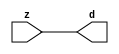

//------> /package/eda/mg/Catapult_10.3d/Mgc_home/pkgs/siflibs/mgc_in_wire_v2.v 
//------------------------------------------------------------------------------
// Catapult Synthesis - Sample I/O Port Library
//
// Copyright (c) 2003-2017 Mentor Graphics Corp.
//       All Rights Reserved
//
// This document may be used and distributed without restriction provided that
// this copyright statement is not removed from the file and that any derivative
// work contains this copyright notice.
//
// The design information contained in this file is intended to be an example
// of the functionality which the end user may study in preparation for creating
// their own custom interfaces. This design does not necessarily present a 
// complete implementation of the named protocol or standard.
//
//------------------------------------------------------------------------------


module mgc_in_wire_v2 (d, z);

  parameter integer rscid = 1;
  parameter integer width = 8;

  output [width-1:0] d;
  input  [width-1:0] z;

  wire   [width-1:0] d;

  assign d = z;

endmodule


//------> /package/eda/mg/Catapult_10.3d/Mgc_home/pkgs/siflibs/ccs_in_v1.v 
//------------------------------------------------------------------------------
// Catapult Synthesis - Sample I/O Port Library
//
// Copyright (c) 2003-2017 Mentor Graphics Corp.
//       All Rights Reserved
//
// This document may be used and distributed without restriction provided that
// this copyright statement is not removed from the file and that any derivative
// work contains this copyright notice.
//
// The design information contained in this file is intended to be an example
// of the functionality which the end user may study in preparation for creating
// their own custom interfaces. This design does not necessarily present a 
// complete implementation of the named protocol or standard.
//
//------------------------------------------------------------------------------


module ccs_in_v1 (idat, dat);

  parameter integer rscid = 1;
  parameter integer width = 8;

  output [width-1:0] idat;
  input  [width-1:0] dat;

  wire   [width-1:0] idat;

  assign idat = dat;

endmodule


//------> /package/eda/mg/Catapult_10.3d/Mgc_home/pkgs/siflibs/ccs_out_v1.v 
//------------------------------------------------------------------------------
// Catapult Synthesis - Sample I/O Port Library
//
// Copyright (c) 2003-2015 Mentor Graphics Corp.
//       All Rights Reserved
//
// This document may be used and distributed without restriction provided that
// this copyright statement is not removed from the file and that any derivative
// work contains this copyright notice.
//
// The design information contained in this file is intended to be an example
// of the functionality which the end user may study in preparation for creating
// their own custom interfaces. This design does not necessarily present a 
// complete implementation of the named protocol or standard.
//
//------------------------------------------------------------------------------

module ccs_out_v1 (dat, idat);

  parameter integer rscid = 1;
  parameter integer width = 8;

  output   [width-1:0] dat;
  input    [width-1:0] idat;

  wire     [width-1:0] dat;

  assign dat = idat;

endmodule




//------> /package/eda/mg/Catapult_10.3d/Mgc_home/pkgs/siflibs/mgc_io_sync_v2.v 
//------------------------------------------------------------------------------
// Catapult Synthesis - Sample I/O Port Library
//
// Copyright (c) 2003-2017 Mentor Graphics Corp.
//       All Rights Reserved
//
// This document may be used and distributed without restriction provided that
// this copyright statement is not removed from the file and that any derivative
// work contains this copyright notice.
//
// The design information contained in this file is intended to be an example
// of the functionality which the end user may study in preparation for creating
// their own custom interfaces. This design does not necessarily present a 
// complete implementation of the named protocol or standard.
//
//------------------------------------------------------------------------------


module mgc_io_sync_v2 (ld, lz);
    parameter valid = 0;

    input  ld;
    output lz;

    wire   lz;

    assign lz = ld;

endmodule


//------> /package/eda/mg/Catapult_10.3d/Mgc_home/pkgs/ccs_altera/hdl/M10K_DP.v 
// Memory Type:            M10K
// Operating Mode:         Simple Dual Port (2-PORT)
// Clock Mode:             Single Clock

// RTL Code RW Resolution: write-thru 
// Hardware RW Resolution: dont care 
// Catapult RW Resolution: unknown 

// HDL Work Library:       Altera_RAMS_lib
// Component Name:         M10K_DP

module M10K_DP
#(
  parameter data_width = 8,
  parameter addr_width = 7,
  parameter depth = 128 
)(
  clk, adra, adrb, wea, web, da, db, rea, reb, qa, qb
);

  input clk;                     // Rising edge clock
  input [addr_width-1:0] adra;   // Port A - Address
  input [addr_width-1:0] adrb;   // Port B - Address
  input wea;                     // Port A - Write-enable active high
  input web;                     // Port B - Write-enable active high
  input [data_width-1:0] da;     // Port A - Data In
  input [data_width-1:0] db;     // Port B - Data In
  input rea;                     // Port A - Read-enable active high
  input reb;                     // Port B - Read-enable active high
  output[data_width-1:0] qa;     // Port A - Data Out
  output[data_width-1:0] qb;     // Port B - Data Out

  reg [data_width-1:0] qa;
  reg [data_width-1:0] qb;

  (* ramstyle = "no_rw_check, M10K" *)
  reg [data_width-1:0] mem [depth-1:0]; /* synthesis syn_ramstyle = "no_rw_check, M10K" */

  always @(posedge clk) begin
    if (wea) begin
      mem[adra] <= da;
    end
    if (rea) begin
      qa <= mem[adra];
    end
  end

  always @(posedge clk) begin
    if (web) begin
      mem[adrb] <= db;
    end
    if (reb) begin
      qb <= mem[adrb] ;
    end
  end

endmodule


//------> ./rtl.v 
// ----------------------------------------------------------------------
//  HLS HDL:        Verilog Netlister
//  HLS Version:    10.3d/815731 Production Release
//  HLS Date:       Wed Apr 24 14:54:19 PDT 2019
// 
//  Generated by:   695r48@ecegrid-thin4.ecn.purdue.edu
//  Generated date: Wed Nov 10 15:46:07 2021
// ----------------------------------------------------------------------

// 
// ------------------------------------------------------------------
//  Design Unit:    fir_Altera_M10K_M10K_DP_rwport_4_16_5_32_32_16_gen
// ------------------------------------------------------------------


module fir_Altera_M10K_M10K_DP_rwport_4_16_5_32_32_16_gen (
  qb, reb, db, web, adrb, qa, rea, da, wea, adra, adra_d, wea_d, da_d, rea_d, qa_d,
      rwportA_rw_ram_ir_internal_RMASK_B_d, rwportA_rw_ram_ir_internal_WMASK_B_d
);
  input [15:0] qb;
  output reb;
  output [15:0] db;
  output web;
  output [4:0] adrb;
  input [15:0] qa;
  output rea;
  output [15:0] da;
  output wea;
  output [4:0] adra;
  input [9:0] adra_d;
  input [1:0] wea_d;
  input [31:0] da_d;
  input [1:0] rea_d;
  output [31:0] qa_d;
  input [1:0] rwportA_rw_ram_ir_internal_RMASK_B_d;
  input [1:0] rwportA_rw_ram_ir_internal_WMASK_B_d;



  // Interconnect Declarations for Component Instantiations 
  assign qa_d[31:16] = qb;
  assign reb = (rwportA_rw_ram_ir_internal_RMASK_B_d[1]);
  assign db = (da_d[31:16]);
  assign web = (rwportA_rw_ram_ir_internal_WMASK_B_d[1]);
  assign adrb = (adra_d[9:5]);
  assign qa_d[15:0] = qa;
  assign rea = (rwportA_rw_ram_ir_internal_RMASK_B_d[0]);
  assign da = (da_d[15:0]);
  assign wea = (rwportA_rw_ram_ir_internal_WMASK_B_d[0]);
  assign adra = (adra_d[4:0]);
endmodule

// ------------------------------------------------------------------
//  Design Unit:    fir_core_core_fsm
//  FSM Module
// ------------------------------------------------------------------


module fir_core_core_fsm (
  clk, rst, fsm_output, regs_vinit_C_1_tr0, MAC_C_3_tr0
);
  input clk;
  input rst;
  output [9:0] fsm_output;
  reg [9:0] fsm_output;
  input regs_vinit_C_1_tr0;
  input MAC_C_3_tr0;


  // FSM State Type Declaration for fir_core_core_fsm_1
  parameter
    core_rlp_C_0 = 4'd0,
    regs_vinit_C_0 = 4'd1,
    regs_vinit_C_1 = 4'd2,
    main_C_0 = 4'd3,
    main_C_1 = 4'd4,
    MAC_C_0 = 4'd5,
    MAC_C_1 = 4'd6,
    MAC_C_2 = 4'd7,
    MAC_C_3 = 4'd8,
    main_C_2 = 4'd9;

  reg [3:0] state_var;
  reg [3:0] state_var_NS;


  // Interconnect Declarations for Component Instantiations 
  always @(*)
  begin : fir_core_core_fsm_1
    case (state_var)
      regs_vinit_C_0 : begin
        fsm_output = 10'b0000000010;
        state_var_NS = regs_vinit_C_1;
      end
      regs_vinit_C_1 : begin
        fsm_output = 10'b0000000100;
        if ( regs_vinit_C_1_tr0 ) begin
          state_var_NS = regs_vinit_C_0;
        end
        else begin
          state_var_NS = main_C_0;
        end
      end
      main_C_0 : begin
        fsm_output = 10'b0000001000;
        state_var_NS = main_C_1;
      end
      main_C_1 : begin
        fsm_output = 10'b0000010000;
        state_var_NS = MAC_C_0;
      end
      MAC_C_0 : begin
        fsm_output = 10'b0000100000;
        state_var_NS = MAC_C_1;
      end
      MAC_C_1 : begin
        fsm_output = 10'b0001000000;
        state_var_NS = MAC_C_2;
      end
      MAC_C_2 : begin
        fsm_output = 10'b0010000000;
        state_var_NS = MAC_C_3;
      end
      MAC_C_3 : begin
        fsm_output = 10'b0100000000;
        if ( MAC_C_3_tr0 ) begin
          state_var_NS = main_C_2;
        end
        else begin
          state_var_NS = MAC_C_0;
        end
      end
      main_C_2 : begin
        fsm_output = 10'b1000000000;
        state_var_NS = main_C_0;
      end
      // core_rlp_C_0
      default : begin
        fsm_output = 10'b0000000001;
        state_var_NS = regs_vinit_C_0;
      end
    endcase
  end

  always @(posedge clk) begin
    if ( rst ) begin
      state_var <= core_rlp_C_0;
    end
    else begin
      state_var <= state_var_NS;
    end
  end

endmodule

// ------------------------------------------------------------------
//  Design Unit:    fir_core
// ------------------------------------------------------------------


module fir_core (
  clk, rst, coeffs_rsc_z, coeffs_rsc_triosy_lz, in1_rsc_dat, in1_rsc_triosy_lz, out1_rsc_dat,
      out1_rsc_triosy_lz, regs_rsci_adra_d, regs_rsci_wea_d, regs_rsci_da_d, regs_rsci_rea_d,
      regs_rsci_qa_d, regs_rsci_rwportA_rw_ram_ir_internal_RMASK_B_d, regs_rsci_rwportA_rw_ram_ir_internal_WMASK_B_d
);
  input clk;
  input rst;
  input [511:0] coeffs_rsc_z;
  output coeffs_rsc_triosy_lz;
  input [15:0] in1_rsc_dat;
  output in1_rsc_triosy_lz;
  output [15:0] out1_rsc_dat;
  output out1_rsc_triosy_lz;
  output [9:0] regs_rsci_adra_d;
  output [1:0] regs_rsci_wea_d;
  output [15:0] regs_rsci_da_d;
  output [1:0] regs_rsci_rea_d;
  input [31:0] regs_rsci_qa_d;
  output [1:0] regs_rsci_rwportA_rw_ram_ir_internal_RMASK_B_d;
  output [1:0] regs_rsci_rwportA_rw_ram_ir_internal_WMASK_B_d;


  // Interconnect Declarations
  wire [511:0] coeffs_rsci_d;
  wire [15:0] in1_rsci_idat;
  reg [15:0] out1_rsci_idat;
  wire [9:0] fsm_output;
  wire [5:0] MAC_2_acc_2_tmp;
  wire [6:0] nl_MAC_2_acc_2_tmp;
  wire or_dcpl_11;
  reg [4:0] wptr_4_0_1_sva;
  reg MAC_MAC_nor_4_itm;
  wire [4:0] wptr_4_0_lpi_2_dfm_1;
  reg regs_regs_nor_itm;
  wire [4:0] wptr_4_0_2_lpi_2_dfm_1;
  reg [4:0] regs_acc_itm;
  reg reg_MAC_i_5_0_ftd;
  reg reg_out1_rsc_triosy_obj_ld_cse;
  wire reg_out1_out1_and_cse;
  wire regs_and_cse;
  wire or_15_cse;
  wire regs_regs_or_rmff;
  reg [4:0] wptr_4_0_lpi_2_dfm;
  wire or_46_tmp;
  wire [4:0] z_out;
  wire [5:0] nl_z_out;
  wire [4:0] z_out_1;
  wire [5:0] nl_z_out_1;
  wire [29:0] z_out_2;
  wire signed [31:0] nl_z_out_2;
  reg [29:0] acc_32_3_1_sva;
  reg [15:0] MAC_mux_itm;
  reg [29:0] MAC_2_mul_itm;
  reg [15:0] MAC_slc_regs_rsci_qa_d_15_0_1_itm;
  reg [15:0] MAC_mux_4_itm;
  reg [4:0] MAC_3_acc_2_itm;
  wire [4:0] MAC_1_acc_2_psp_sva_1;
  wire [5:0] nl_MAC_1_acc_2_psp_sva_1;
  wire [29:0] acc_32_3_sva_1;
  wire [30:0] nl_acc_32_3_sva_1;
  wire or_53_tmp;

  wire[4:0] mux_nl;
  wire[0:0] and_85_nl;
  wire[0:0] not_37_nl;
  wire[4:0] MAC_3_else_acc_nl;
  wire[5:0] nl_MAC_3_else_acc_nl;
  wire[0:0] and_104_nl;
  wire[29:0] MAC_3_acc_1_nl;
  wire[30:0] nl_MAC_3_acc_1_nl;
  wire[0:0] or_nl;
  wire[15:0] MAC_mux_4_nl;
  wire[15:0] MAC_mux_3_nl;
  wire[29:0] MAC_2_mul_nl;
  wire signed [31:0] nl_MAC_2_mul_nl;
  wire[29:0] MAC_acc_nl;
  wire[30:0] nl_MAC_acc_nl;
  wire[4:0] MAC_1_else_acc_nl;
  wire[5:0] nl_MAC_1_else_acc_nl;
  wire[0:0] MAC_MAC_nor_nl;
  wire[0:0] MAC_MAC_nor_3_nl;
  wire[4:0] regs_mux1h_1_nl;
  wire[4:0] else_mux_2_nl;
  wire[4:0] regs_mux_2_nl;
  wire[15:0] MAC_mux_8_nl;

  // Interconnect Declarations for Component Instantiations 
  wire [0:0] nl_fir_core_core_fsm_inst_regs_vinit_C_1_tr0;
  assign nl_fir_core_core_fsm_inst_regs_vinit_C_1_tr0 = ~ regs_regs_nor_itm;
  wire [0:0] nl_fir_core_core_fsm_inst_MAC_C_3_tr0;
  assign nl_fir_core_core_fsm_inst_MAC_C_3_tr0 = reg_MAC_i_5_0_ftd;
  mgc_in_wire_v2 #(.rscid(32'sd1),
  .width(32'sd512)) coeffs_rsci (
      .d(coeffs_rsci_d),
      .z(coeffs_rsc_z)
    );
  ccs_in_v1 #(.rscid(32'sd2),
  .width(32'sd16)) in1_rsci (
      .dat(in1_rsc_dat),
      .idat(in1_rsci_idat)
    );
  ccs_out_v1 #(.rscid(32'sd3),
  .width(32'sd16)) out1_rsci (
      .idat(out1_rsci_idat),
      .dat(out1_rsc_dat)
    );
  mgc_io_sync_v2 #(.valid(32'sd0)) coeffs_rsc_triosy_obj (
      .ld(reg_out1_rsc_triosy_obj_ld_cse),
      .lz(coeffs_rsc_triosy_lz)
    );
  mgc_io_sync_v2 #(.valid(32'sd0)) in1_rsc_triosy_obj (
      .ld(reg_out1_rsc_triosy_obj_ld_cse),
      .lz(in1_rsc_triosy_lz)
    );
  mgc_io_sync_v2 #(.valid(32'sd0)) out1_rsc_triosy_obj (
      .ld(reg_out1_rsc_triosy_obj_ld_cse),
      .lz(out1_rsc_triosy_lz)
    );
  fir_core_core_fsm fir_core_core_fsm_inst (
      .clk(clk),
      .rst(rst),
      .fsm_output(fsm_output),
      .regs_vinit_C_1_tr0(nl_fir_core_core_fsm_inst_regs_vinit_C_1_tr0[0:0]),
      .MAC_C_3_tr0(nl_fir_core_core_fsm_inst_MAC_C_3_tr0[0:0])
    );
  assign reg_out1_out1_and_cse = (fsm_output[8]) & reg_MAC_i_5_0_ftd;
  assign or_15_cse = (fsm_output[3]) | (fsm_output[1]);
  assign regs_and_cse = (fsm_output[2]) & regs_regs_nor_itm;
  assign or_46_tmp = regs_and_cse | ((regs_acc_itm==5'b11111) & (fsm_output[9]));
  assign nl_MAC_1_else_acc_nl = wptr_4_0_1_sva + 5'b11111;
  assign MAC_1_else_acc_nl = nl_MAC_1_else_acc_nl[4:0];
  assign MAC_MAC_nor_nl = ~((wptr_4_0_1_sva!=5'b00000));
  assign wptr_4_0_2_lpi_2_dfm_1 = MUX_v_5_2_2((MAC_1_else_acc_nl), 5'b11111, (MAC_MAC_nor_nl));
  assign nl_MAC_2_acc_2_tmp = conv_u2s_5_6(MAC_1_acc_2_psp_sva_1) + 6'b000001;
  assign MAC_2_acc_2_tmp = nl_MAC_2_acc_2_tmp[5:0];
  assign MAC_MAC_nor_3_nl = ~((wptr_4_0_2_lpi_2_dfm_1!=5'b00000));
  assign wptr_4_0_lpi_2_dfm_1 = MUX_v_5_2_2(z_out_1, 5'b11111, (MAC_MAC_nor_3_nl));
  assign nl_MAC_1_acc_2_psp_sva_1 = MAC_3_acc_2_itm + 5'b00001;
  assign MAC_1_acc_2_psp_sva_1 = nl_MAC_1_acc_2_psp_sva_1[4:0];
  assign nl_acc_32_3_sva_1 = MAC_2_mul_itm + acc_32_3_1_sva;
  assign acc_32_3_sva_1 = nl_acc_32_3_sva_1[29:0];
  assign or_dcpl_11 = (fsm_output[7:6]!=2'b00);
  assign regs_regs_or_rmff = (fsm_output[6:5]!=2'b00);
  assign regs_mux1h_1_nl = MUX1HOT_v_5_3_2(regs_acc_itm, wptr_4_0_2_lpi_2_dfm_1,
      wptr_4_0_lpi_2_dfm, {or_15_cse , (fsm_output[5]) , (fsm_output[6])});
  assign regs_rsci_adra_d = {wptr_4_0_1_sva , (regs_mux1h_1_nl)};
  assign regs_rsci_wea_d = {1'b0 , or_15_cse};
  assign regs_rsci_rea_d = {(fsm_output[5]) , regs_regs_or_rmff};
  assign regs_rsci_rwportA_rw_ram_ir_internal_RMASK_B_d = {(fsm_output[5]) , regs_regs_or_rmff};
  assign regs_rsci_rwportA_rw_ram_ir_internal_WMASK_B_d = {1'b0 , or_15_cse};
  assign regs_rsci_da_d = MUX_v_16_2_2(16'b0000000000000000, in1_rsci_idat, (fsm_output[3]));
  assign or_53_tmp = (fsm_output[8:7]!=2'b00) | ((~ MAC_MAC_nor_4_itm) & (fsm_output[6]));
  always @(posedge clk) begin
    if ( rst ) begin
      reg_out1_rsc_triosy_obj_ld_cse <= 1'b0;
      regs_regs_nor_itm <= 1'b0;
      wptr_4_0_1_sva <= 5'b00000;
      wptr_4_0_lpi_2_dfm <= 5'b00000;
      MAC_slc_regs_rsci_qa_d_15_0_1_itm <= 16'b0000000000000000;
      MAC_2_mul_itm <= 30'b000000000000000000000000000000;
    end
    else begin
      reg_out1_rsc_triosy_obj_ld_cse <= reg_out1_out1_and_cse;
      regs_regs_nor_itm <= ~((regs_acc_itm!=5'b00000));
      wptr_4_0_1_sva <= MUX1HOT_v_5_4_2(regs_acc_itm, (MAC_3_else_acc_nl), ({{4{MAC_MAC_nor_4_itm}},
          MAC_MAC_nor_4_itm}), wptr_4_0_1_sva, {(fsm_output[4]) , (fsm_output[5])
          , (and_104_nl) , or_53_tmp});
      wptr_4_0_lpi_2_dfm <= wptr_4_0_lpi_2_dfm_1;
      MAC_slc_regs_rsci_qa_d_15_0_1_itm <= MUX1HOT_v_16_3_2((MAC_mux_3_nl), (regs_rsci_qa_d[31:16]),
          (regs_rsci_qa_d[15:0]), {(fsm_output[5]) , (fsm_output[6]) , (fsm_output[7])});
      MAC_2_mul_itm <= MUX_v_30_2_2((MAC_2_mul_nl), (MAC_acc_nl), fsm_output[7]);
    end
  end
  always @(posedge clk) begin
    if ( rst ) begin
      out1_rsci_idat <= 16'b0000000000000000;
    end
    else if ( reg_out1_out1_and_cse ) begin
      out1_rsci_idat <= acc_32_3_sva_1[29:14];
    end
  end
  always @(posedge clk) begin
    if ( rst ) begin
      regs_acc_itm <= 5'b11111;
    end
    else if ( regs_and_cse | (fsm_output[1]) | (fsm_output[9]) ) begin
      regs_acc_itm <= MUX_v_5_2_2(5'b00000, (mux_nl), (not_37_nl));
    end
  end
  always @(posedge clk) begin
    if ( rst ) begin
      acc_32_3_1_sva <= 30'b000000000000000000000000000000;
    end
    else if ( (fsm_output[4]) | (fsm_output[8]) ) begin
      acc_32_3_1_sva <= MUX_v_30_2_2(30'b000000000000000000000000000000, (MAC_3_acc_1_nl),
          (fsm_output[8]));
    end
  end
  always @(posedge clk) begin
    if ( rst ) begin
      MAC_3_acc_2_itm <= 5'b00000;
    end
    else if ( ~((fsm_output[8:6]!=3'b000)) ) begin
      MAC_3_acc_2_itm <= MUX_v_5_2_2(5'b00000, z_out, (or_nl));
    end
  end
  always @(posedge clk) begin
    if ( rst ) begin
      MAC_mux_itm <= 16'b0000000000000000;
    end
    else if ( fsm_output[5] ) begin
      MAC_mux_itm <= MUX_v_16_31_2x1x2x4x5x7x8x10x11x13x14x16x17x19x20x22x23x25x26x28x29((coeffs_rsci_d[15:0]),
          (coeffs_rsci_d[63:48]), (coeffs_rsci_d[111:96]), (coeffs_rsci_d[159:144]),
          (coeffs_rsci_d[207:192]), (coeffs_rsci_d[255:240]), (coeffs_rsci_d[303:288]),
          (coeffs_rsci_d[351:336]), (coeffs_rsci_d[399:384]), (coeffs_rsci_d[447:432]),
          (coeffs_rsci_d[495:480]), MAC_3_acc_2_itm);
    end
  end
  always @(posedge clk) begin
    if ( rst ) begin
      MAC_mux_4_itm <= 16'b0000000000000000;
    end
    else if ( ~ or_dcpl_11 ) begin
      MAC_mux_4_itm <= (MAC_mux_4_nl);
    end
  end
  always @(posedge clk) begin
    if ( rst ) begin
      MAC_MAC_nor_4_itm <= 1'b0;
    end
    else if ( ~ (MAC_2_acc_2_tmp[5]) ) begin
      MAC_MAC_nor_4_itm <= ~((wptr_4_0_lpi_2_dfm_1!=5'b00000));
    end
  end
  always @(posedge clk) begin
    if ( rst ) begin
      reg_MAC_i_5_0_ftd <= 1'b0;
    end
    else if ( fsm_output[5] ) begin
      reg_MAC_i_5_0_ftd <= MAC_2_acc_2_tmp[5];
    end
  end
  assign nl_MAC_3_else_acc_nl = wptr_4_0_lpi_2_dfm_1 + 5'b11111;
  assign MAC_3_else_acc_nl = nl_MAC_3_else_acc_nl[4:0];
  assign and_104_nl = (fsm_output[6]) & (~ or_53_tmp);
  assign MAC_mux_3_nl = MUX_v_16_32_2x0x2x3x5x6x8x9x11x12x14x15x17x18x20x21x23x24x26x27x29x30((coeffs_rsci_d[31:16]),
      (coeffs_rsci_d[79:64]), (coeffs_rsci_d[127:112]), (coeffs_rsci_d[175:160]),
      (coeffs_rsci_d[223:208]), (coeffs_rsci_d[271:256]), (coeffs_rsci_d[319:304]),
      (coeffs_rsci_d[367:352]), (coeffs_rsci_d[415:400]), (coeffs_rsci_d[463:448]),
      (coeffs_rsci_d[511:496]), MAC_1_acc_2_psp_sva_1);
  assign nl_MAC_2_mul_nl = $signed((regs_rsci_qa_d[15:0])) * $signed(MAC_slc_regs_rsci_qa_d_15_0_1_itm);
  assign MAC_2_mul_nl = nl_MAC_2_mul_nl[29:0];
  assign nl_MAC_acc_nl = z_out_2 + MAC_2_mul_itm;
  assign MAC_acc_nl = nl_MAC_acc_nl[29:0];
  assign and_85_nl = (fsm_output[9]) & (~ or_46_tmp);
  assign mux_nl = MUX_v_5_2_2(z_out_1, z_out, and_85_nl);
  assign not_37_nl = ~ or_46_tmp;
  assign nl_MAC_3_acc_1_nl = acc_32_3_sva_1 + z_out_2;
  assign MAC_3_acc_1_nl = nl_MAC_3_acc_1_nl[29:0];
  assign or_nl = (fsm_output[8:5]!=4'b0000);
  assign MAC_mux_4_nl = MUX_v_16_30_2x0x1x3x4x6x7x9x10x12x13x15x16x18x19x21x22x24x25x27x28((coeffs_rsci_d[47:32]),
      (coeffs_rsci_d[95:80]), (coeffs_rsci_d[143:128]), (coeffs_rsci_d[191:176]),
      (coeffs_rsci_d[239:224]), (coeffs_rsci_d[287:272]), (coeffs_rsci_d[335:320]),
      (coeffs_rsci_d[383:368]), (coeffs_rsci_d[431:416]), (coeffs_rsci_d[479:464]),
      MAC_2_acc_2_tmp[4:0]);
  assign else_mux_2_nl = MUX_v_5_2_2(regs_acc_itm, (MAC_2_acc_2_tmp[4:0]), fsm_output[5]);
  assign nl_z_out = (else_mux_2_nl) + 5'b00001;
  assign z_out = nl_z_out[4:0];
  assign regs_mux_2_nl = MUX_v_5_2_2(regs_acc_itm, wptr_4_0_2_lpi_2_dfm_1, fsm_output[5]);
  assign nl_z_out_1 = (regs_mux_2_nl) + 5'b11111;
  assign z_out_1 = nl_z_out_1[4:0];
  assign MAC_mux_8_nl = MUX_v_16_2_2(MAC_mux_4_itm, MAC_mux_itm, fsm_output[7]);
  assign nl_z_out_2 = $signed(MAC_slc_regs_rsci_qa_d_15_0_1_itm) * $signed((MAC_mux_8_nl));
  assign z_out_2 = nl_z_out_2[29:0];

  function automatic [15:0] MUX1HOT_v_16_3_2;
    input [15:0] input_2;
    input [15:0] input_1;
    input [15:0] input_0;
    input [2:0] sel;
    reg [15:0] result;
  begin
    result = input_0 & {16{sel[0]}};
    result = result | ( input_1 & {16{sel[1]}});
    result = result | ( input_2 & {16{sel[2]}});
    MUX1HOT_v_16_3_2 = result;
  end
  endfunction


  function automatic [4:0] MUX1HOT_v_5_3_2;
    input [4:0] input_2;
    input [4:0] input_1;
    input [4:0] input_0;
    input [2:0] sel;
    reg [4:0] result;
  begin
    result = input_0 & {5{sel[0]}};
    result = result | ( input_1 & {5{sel[1]}});
    result = result | ( input_2 & {5{sel[2]}});
    MUX1HOT_v_5_3_2 = result;
  end
  endfunction


  function automatic [4:0] MUX1HOT_v_5_4_2;
    input [4:0] input_3;
    input [4:0] input_2;
    input [4:0] input_1;
    input [4:0] input_0;
    input [3:0] sel;
    reg [4:0] result;
  begin
    result = input_0 & {5{sel[0]}};
    result = result | ( input_1 & {5{sel[1]}});
    result = result | ( input_2 & {5{sel[2]}});
    result = result | ( input_3 & {5{sel[3]}});
    MUX1HOT_v_5_4_2 = result;
  end
  endfunction


  function automatic [15:0] MUX_v_16_2_2;
    input [15:0] input_0;
    input [15:0] input_1;
    input [0:0] sel;
    reg [15:0] result;
  begin
    case (sel)
      1'b0 : begin
        result = input_0;
      end
      default : begin
        result = input_1;
      end
    endcase
    MUX_v_16_2_2 = result;
  end
  endfunction


  function automatic [15:0] MUX_v_16_30_2x0x1x3x4x6x7x9x10x12x13x15x16x18x19x21x22x24x25x27x28;
    input [15:0] input_2;
    input [15:0] input_5;
    input [15:0] input_8;
    input [15:0] input_11;
    input [15:0] input_14;
    input [15:0] input_17;
    input [15:0] input_20;
    input [15:0] input_23;
    input [15:0] input_26;
    input [15:0] input_29;
    input [4:0] sel;
    reg [15:0] result;
  begin
    case (sel)
      5'b00010 : begin
        result = input_2;
      end
      5'b00101 : begin
        result = input_5;
      end
      5'b01000 : begin
        result = input_8;
      end
      5'b01011 : begin
        result = input_11;
      end
      5'b01110 : begin
        result = input_14;
      end
      5'b10001 : begin
        result = input_17;
      end
      5'b10100 : begin
        result = input_20;
      end
      5'b10111 : begin
        result = input_23;
      end
      5'b11010 : begin
        result = input_26;
      end
      default : begin
        result = input_29;
      end
    endcase
    MUX_v_16_30_2x0x1x3x4x6x7x9x10x12x13x15x16x18x19x21x22x24x25x27x28 = result;
  end
  endfunction


  function automatic [15:0] MUX_v_16_31_2x1x2x4x5x7x8x10x11x13x14x16x17x19x20x22x23x25x26x28x29;
    input [15:0] input_0;
    input [15:0] input_3;
    input [15:0] input_6;
    input [15:0] input_9;
    input [15:0] input_12;
    input [15:0] input_15;
    input [15:0] input_18;
    input [15:0] input_21;
    input [15:0] input_24;
    input [15:0] input_27;
    input [15:0] input_30;
    input [4:0] sel;
    reg [15:0] result;
  begin
    case (sel)
      5'b00000 : begin
        result = input_0;
      end
      5'b00011 : begin
        result = input_3;
      end
      5'b00110 : begin
        result = input_6;
      end
      5'b01001 : begin
        result = input_9;
      end
      5'b01100 : begin
        result = input_12;
      end
      5'b01111 : begin
        result = input_15;
      end
      5'b10010 : begin
        result = input_18;
      end
      5'b10101 : begin
        result = input_21;
      end
      5'b11000 : begin
        result = input_24;
      end
      5'b11011 : begin
        result = input_27;
      end
      default : begin
        result = input_30;
      end
    endcase
    MUX_v_16_31_2x1x2x4x5x7x8x10x11x13x14x16x17x19x20x22x23x25x26x28x29 = result;
  end
  endfunction


  function automatic [15:0] MUX_v_16_32_2x0x2x3x5x6x8x9x11x12x14x15x17x18x20x21x23x24x26x27x29x30;
    input [15:0] input_1;
    input [15:0] input_4;
    input [15:0] input_7;
    input [15:0] input_10;
    input [15:0] input_13;
    input [15:0] input_16;
    input [15:0] input_19;
    input [15:0] input_22;
    input [15:0] input_25;
    input [15:0] input_28;
    input [15:0] input_31;
    input [4:0] sel;
    reg [15:0] result;
  begin
    case (sel)
      5'b00001 : begin
        result = input_1;
      end
      5'b00100 : begin
        result = input_4;
      end
      5'b00111 : begin
        result = input_7;
      end
      5'b01010 : begin
        result = input_10;
      end
      5'b01101 : begin
        result = input_13;
      end
      5'b10000 : begin
        result = input_16;
      end
      5'b10011 : begin
        result = input_19;
      end
      5'b10110 : begin
        result = input_22;
      end
      5'b11001 : begin
        result = input_25;
      end
      5'b11100 : begin
        result = input_28;
      end
      default : begin
        result = input_31;
      end
    endcase
    MUX_v_16_32_2x0x2x3x5x6x8x9x11x12x14x15x17x18x20x21x23x24x26x27x29x30 = result;
  end
  endfunction


  function automatic [29:0] MUX_v_30_2_2;
    input [29:0] input_0;
    input [29:0] input_1;
    input [0:0] sel;
    reg [29:0] result;
  begin
    case (sel)
      1'b0 : begin
        result = input_0;
      end
      default : begin
        result = input_1;
      end
    endcase
    MUX_v_30_2_2 = result;
  end
  endfunction


  function automatic [4:0] MUX_v_5_2_2;
    input [4:0] input_0;
    input [4:0] input_1;
    input [0:0] sel;
    reg [4:0] result;
  begin
    case (sel)
      1'b0 : begin
        result = input_0;
      end
      default : begin
        result = input_1;
      end
    endcase
    MUX_v_5_2_2 = result;
  end
  endfunction


  function automatic [5:0] conv_u2s_5_6 ;
    input [4:0]  vector ;
  begin
    conv_u2s_5_6 =  {1'b0, vector};
  end
  endfunction

endmodule

// ------------------------------------------------------------------
//  Design Unit:    fir
// ------------------------------------------------------------------


module fir (
  clk, rst, coeffs_rsc_z, coeffs_rsc_triosy_lz, in1_rsc_dat, in1_rsc_triosy_lz, out1_rsc_dat,
      out1_rsc_triosy_lz
);
  input clk;
  input rst;
  input [511:0] coeffs_rsc_z;
  output coeffs_rsc_triosy_lz;
  input [15:0] in1_rsc_dat;
  output in1_rsc_triosy_lz;
  output [15:0] out1_rsc_dat;
  output out1_rsc_triosy_lz;


  // Interconnect Declarations
  wire [9:0] regs_rsci_adra_d;
  wire [1:0] regs_rsci_wea_d;
  wire [15:0] regs_rsci_da_d;
  wire [1:0] regs_rsci_rea_d;
  wire [31:0] regs_rsci_qa_d;
  wire [1:0] regs_rsci_rwportA_rw_ram_ir_internal_RMASK_B_d;
  wire [1:0] regs_rsci_rwportA_rw_ram_ir_internal_WMASK_B_d;
  wire [15:0] regs_rsc_qb;
  wire regs_rsc_reb;
  wire [15:0] regs_rsc_db;
  wire regs_rsc_web;
  wire [4:0] regs_rsc_adrb;
  wire [15:0] regs_rsc_qa;
  wire regs_rsc_rea;
  wire [15:0] regs_rsc_da;
  wire regs_rsc_wea;
  wire [4:0] regs_rsc_adra;


  // Interconnect Declarations for Component Instantiations 
  wire [31:0] nl_regs_rsci_da_d;
  assign nl_regs_rsci_da_d = {16'b0000000000000000 , regs_rsci_da_d};
  M10K_DP #(.data_width(32'sd16),
  .addr_width(32'sd5),
  .depth(32'sd32)) regs_rsc_comp (
      .clk(clk),
      .adra(regs_rsc_adra),
      .adrb(regs_rsc_adrb),
      .wea(regs_rsc_wea),
      .web(regs_rsc_web),
      .da(regs_rsc_da),
      .db(regs_rsc_db),
      .rea(regs_rsc_rea),
      .reb(regs_rsc_reb),
      .qa(regs_rsc_qa),
      .qb(regs_rsc_qb)
    );
  fir_Altera_M10K_M10K_DP_rwport_4_16_5_32_32_16_gen regs_rsci (
      .qb(regs_rsc_qb),
      .reb(regs_rsc_reb),
      .db(regs_rsc_db),
      .web(regs_rsc_web),
      .adrb(regs_rsc_adrb),
      .qa(regs_rsc_qa),
      .rea(regs_rsc_rea),
      .da(regs_rsc_da),
      .wea(regs_rsc_wea),
      .adra(regs_rsc_adra),
      .adra_d(regs_rsci_adra_d),
      .wea_d(regs_rsci_wea_d),
      .da_d(nl_regs_rsci_da_d[31:0]),
      .rea_d(regs_rsci_rea_d),
      .qa_d(regs_rsci_qa_d),
      .rwportA_rw_ram_ir_internal_RMASK_B_d(regs_rsci_rwportA_rw_ram_ir_internal_RMASK_B_d),
      .rwportA_rw_ram_ir_internal_WMASK_B_d(regs_rsci_rwportA_rw_ram_ir_internal_WMASK_B_d)
    );
  fir_core fir_core_inst (
      .clk(clk),
      .rst(rst),
      .coeffs_rsc_z(coeffs_rsc_z),
      .coeffs_rsc_triosy_lz(coeffs_rsc_triosy_lz),
      .in1_rsc_dat(in1_rsc_dat),
      .in1_rsc_triosy_lz(in1_rsc_triosy_lz),
      .out1_rsc_dat(out1_rsc_dat),
      .out1_rsc_triosy_lz(out1_rsc_triosy_lz),
      .regs_rsci_adra_d(regs_rsci_adra_d),
      .regs_rsci_wea_d(regs_rsci_wea_d),
      .regs_rsci_da_d(regs_rsci_da_d),
      .regs_rsci_rea_d(regs_rsci_rea_d),
      .regs_rsci_qa_d(regs_rsci_qa_d),
      .regs_rsci_rwportA_rw_ram_ir_internal_RMASK_B_d(regs_rsci_rwportA_rw_ram_ir_internal_RMASK_B_d),
      .regs_rsci_rwportA_rw_ram_ir_internal_WMASK_B_d(regs_rsci_rwportA_rw_ram_ir_internal_WMASK_B_d)
    );
endmodule